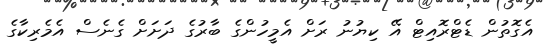
އެގޮތުން ޑެޓްރޮއިޓް އޭ ކިޔުނު ރަށް އެމީހުންގެ ބާރުގެ ދަށަށް ގެނެސް އެމެރިކާގެ